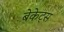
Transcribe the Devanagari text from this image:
बेकेट्स